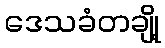
ဒေသခံတချို့